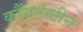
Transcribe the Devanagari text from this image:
कौंसटन्टीन